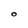
Character: O